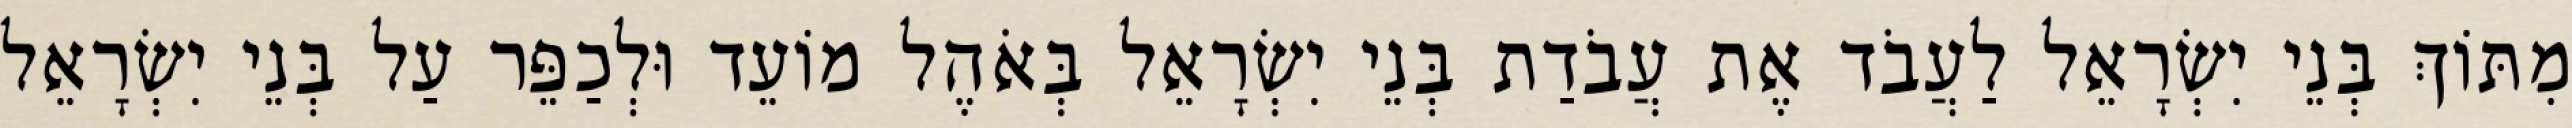
מִתּוֹךְ בְּנֵי יִשְׂרָאֵל לַעֲבֹד אֶת עֲבֹדַת בְּנֵי יִשְׂרָאֵל בְּאֹהֶל מוֹעֵד וּלְכַפֵּר עַל בְּנֵי יִשְׂרָאֵל